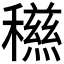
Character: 𥣏